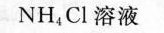
NH_{4}Cl溶液